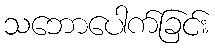
သဘောပေါက်ခြင်း